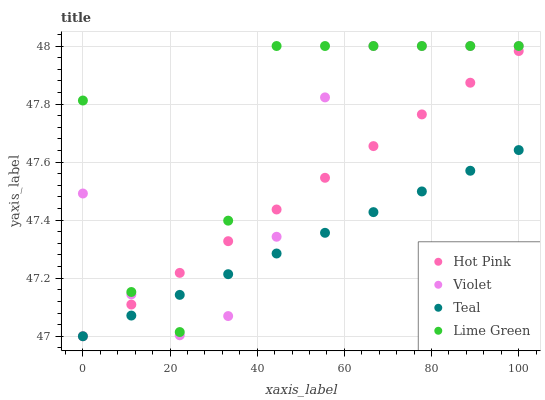
| xaxis_label | Hot Pink | Violet | Teal | Lime Green |
 | --- | --- | --- | --- | --- |
 | 0 | 47 | 47.5 | 47 | 47.8 |
 | 11.1 | 47.1 | 47.1 | 47.1 | 47.2 |
 | 22.2 | 47.2 | 47 | 47.1 | 47 |
 | 33.3 | 47.3 | 47.1 | 47.2 | 47.4 |
 | 44.4 | 47.4 | 47.3 | 47.3 | 48 |
 | 55.6 | 47.5 | 47.8 | 47.4 | 48 |
 | 66.7 | 47.7 | 48 | 47.4 | 48 |
 | 77.8 | 47.8 | 48 | 47.5 | 48 |
 | 88.9 | 47.9 | 48 | 47.6 | 48 |
 | 100 | 48 | 48 | 47.6 | 48 |